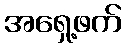
အရှေ့ဖက်